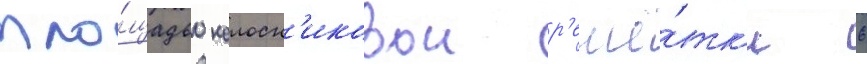
пло́щадью колосн'иковои р'ешё́тк'и 6